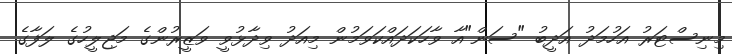
މިނިސްޓަރު އަހުމަދު އަދީބު "ސަން"އާ ވާހަކަދައްކަވަމުން މިއަދު ވިދާޅުވީ ވަޒީރުންގެ މަޖިލީހުގެ ލަފާގެ